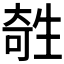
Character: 𤯱